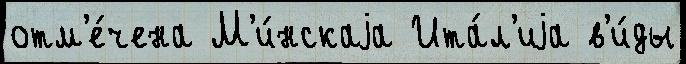
отм'е́чена М'и́нскаjа Ита́л'иjа в'и́ды